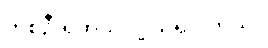
တစ်ဦးရှိတယ်လို့ သိရပါတယ်။